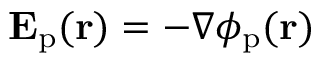
\mathbf { E } _ { \mathrm { p } } ( \mathbf { r } ) = - \nabla \phi _ { \mathrm { p } } ( \mathbf { r } )